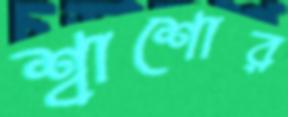
শ্বাশোর